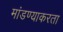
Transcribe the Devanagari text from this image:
मांडण्याकरता